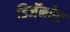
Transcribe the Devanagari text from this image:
डिजॅनरेट